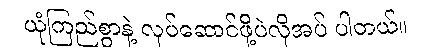
ယုံကြည်စွာနဲ့ လုပ်ဆောင်ဖို့ပဲလိုအပ် ပါတယ်။